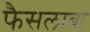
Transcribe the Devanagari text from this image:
फैसलाबा